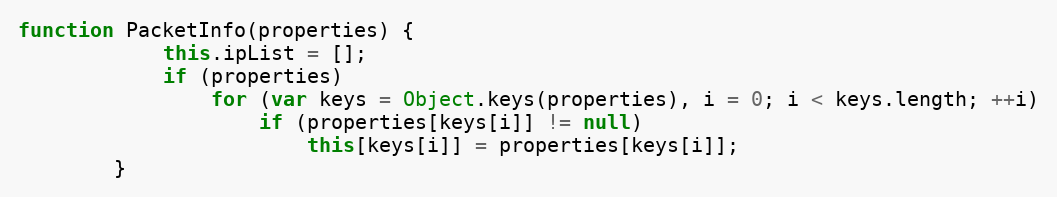
Language: JavaScript
function PacketInfo(properties) {
			this.ipList = [];
			if (properties)
				for (var keys = Object.keys(properties), i = 0; i < keys.length; ++i)
					if (properties[keys[i]] != null)
						this[keys[i]] = properties[keys[i]];
		}